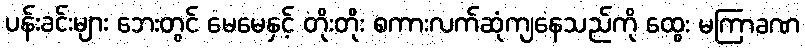
ပန်းခင်းများ ဘေးတွင် မေမေနှင့် တိုးတိုး စကားလက်ဆုံကျနေသည်ကို ထွေး မကြာခဏ